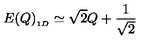
E ( Q ) _ { _ { 1 D } } \simeq \sqrt { 2 } Q + { \frac { 1 } { \sqrt { 2 } } }